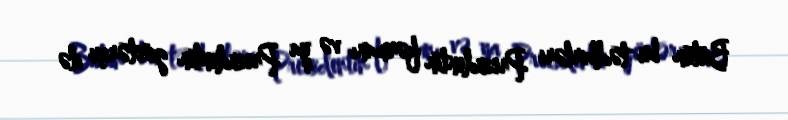
Bütün bu tədbirləri Prezidentin fərmanı və ya Prezidentin göstərişi ilə